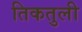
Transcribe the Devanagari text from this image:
तिकतुली